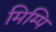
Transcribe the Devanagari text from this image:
मिम्पि